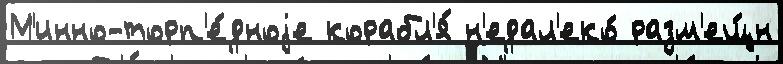
М'инно-торп'е́дноjе корабл'я́ н'едал'еко́ разм'ещ́н